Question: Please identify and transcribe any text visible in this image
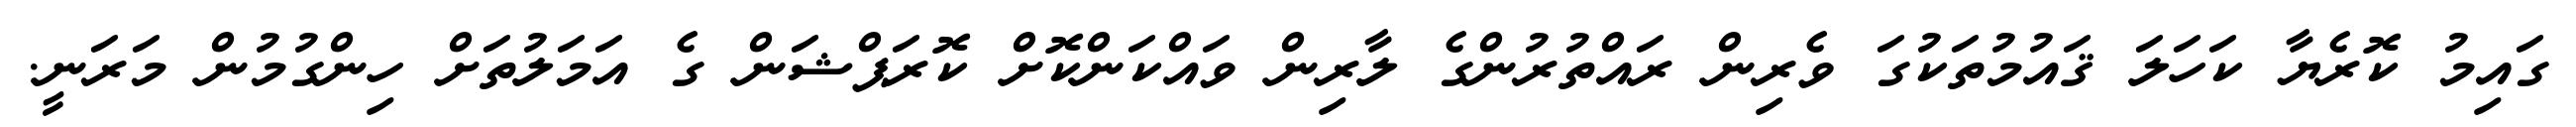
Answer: ގައިމު ކޮރެޔާ ކަހަލަ ޤައުމުތަކުގަ ވެރިން ރައްތުރުންގެ ލާރިން ވައްކަންކޮށް ކޮރަޕްޝަން ގެ އަމަލުތަށް ހިންގުމުން މަރަނީ.